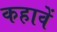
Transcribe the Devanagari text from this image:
कहावें